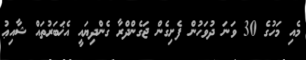
މެއި މަހުގެ 30 ވަަނަ ދުވަހުން ފެށިގެން ޖަގެންދްރާ ގެންދިޔައީ އެޚަބަރުތައް ޝާއިޢު